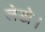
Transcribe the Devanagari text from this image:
लेडो।